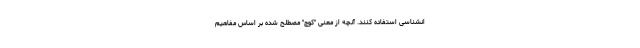
انشناسی استفاده کنند. آنچه از معنی "کوچ" مصطلح شده بر اساس مفاهیم